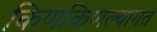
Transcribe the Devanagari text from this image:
किणकिणल्यागत